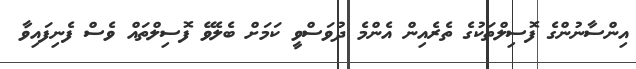
އިންސާނުންގެ ފޮސިލްތަކުގެ ތެރެއިން އެންމެ ދުވަސްވީ ކަމަށް ބެލެވޭ ފޮސިލްތައް ވެސް ފެނިފައިވާ